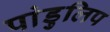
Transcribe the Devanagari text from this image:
पांडुलिप